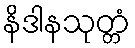
နိဒါနသုတ္တံ